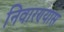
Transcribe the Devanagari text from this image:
निवारण्यास